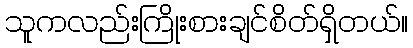
သူကလည်းကြိုးစားချင်စိတ်ရှိတယ်။